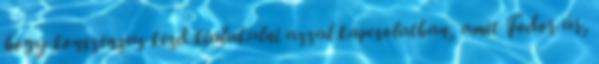
hogy konszenzus kezd kialakulni azzal kapcsolatban, amit Fodor úr,